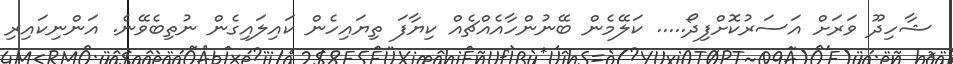
ޝާހިދޫ ވަރަށް އަސަރުކޮށްފިދޯ..... ކަލޭމެން ބޭނުންހާއެއްޗެއް ކިޔާފަ ތިޔައިހެން ކައިލައިގެން ނުތިބެވޭނެ. އަންނިކައިރި